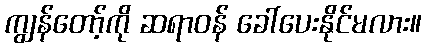
ကျွန်တော့်ကို ဆရာဝန် ခေါ်ပေးနိုင်မလား။